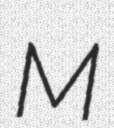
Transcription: M